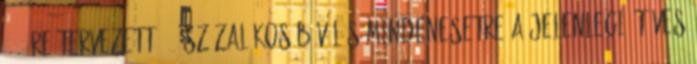
2017-re tervezett 6,5 százalékos bővülés mindenesetre a jelenlegi ötéves